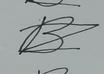
Signature authenticity: forged